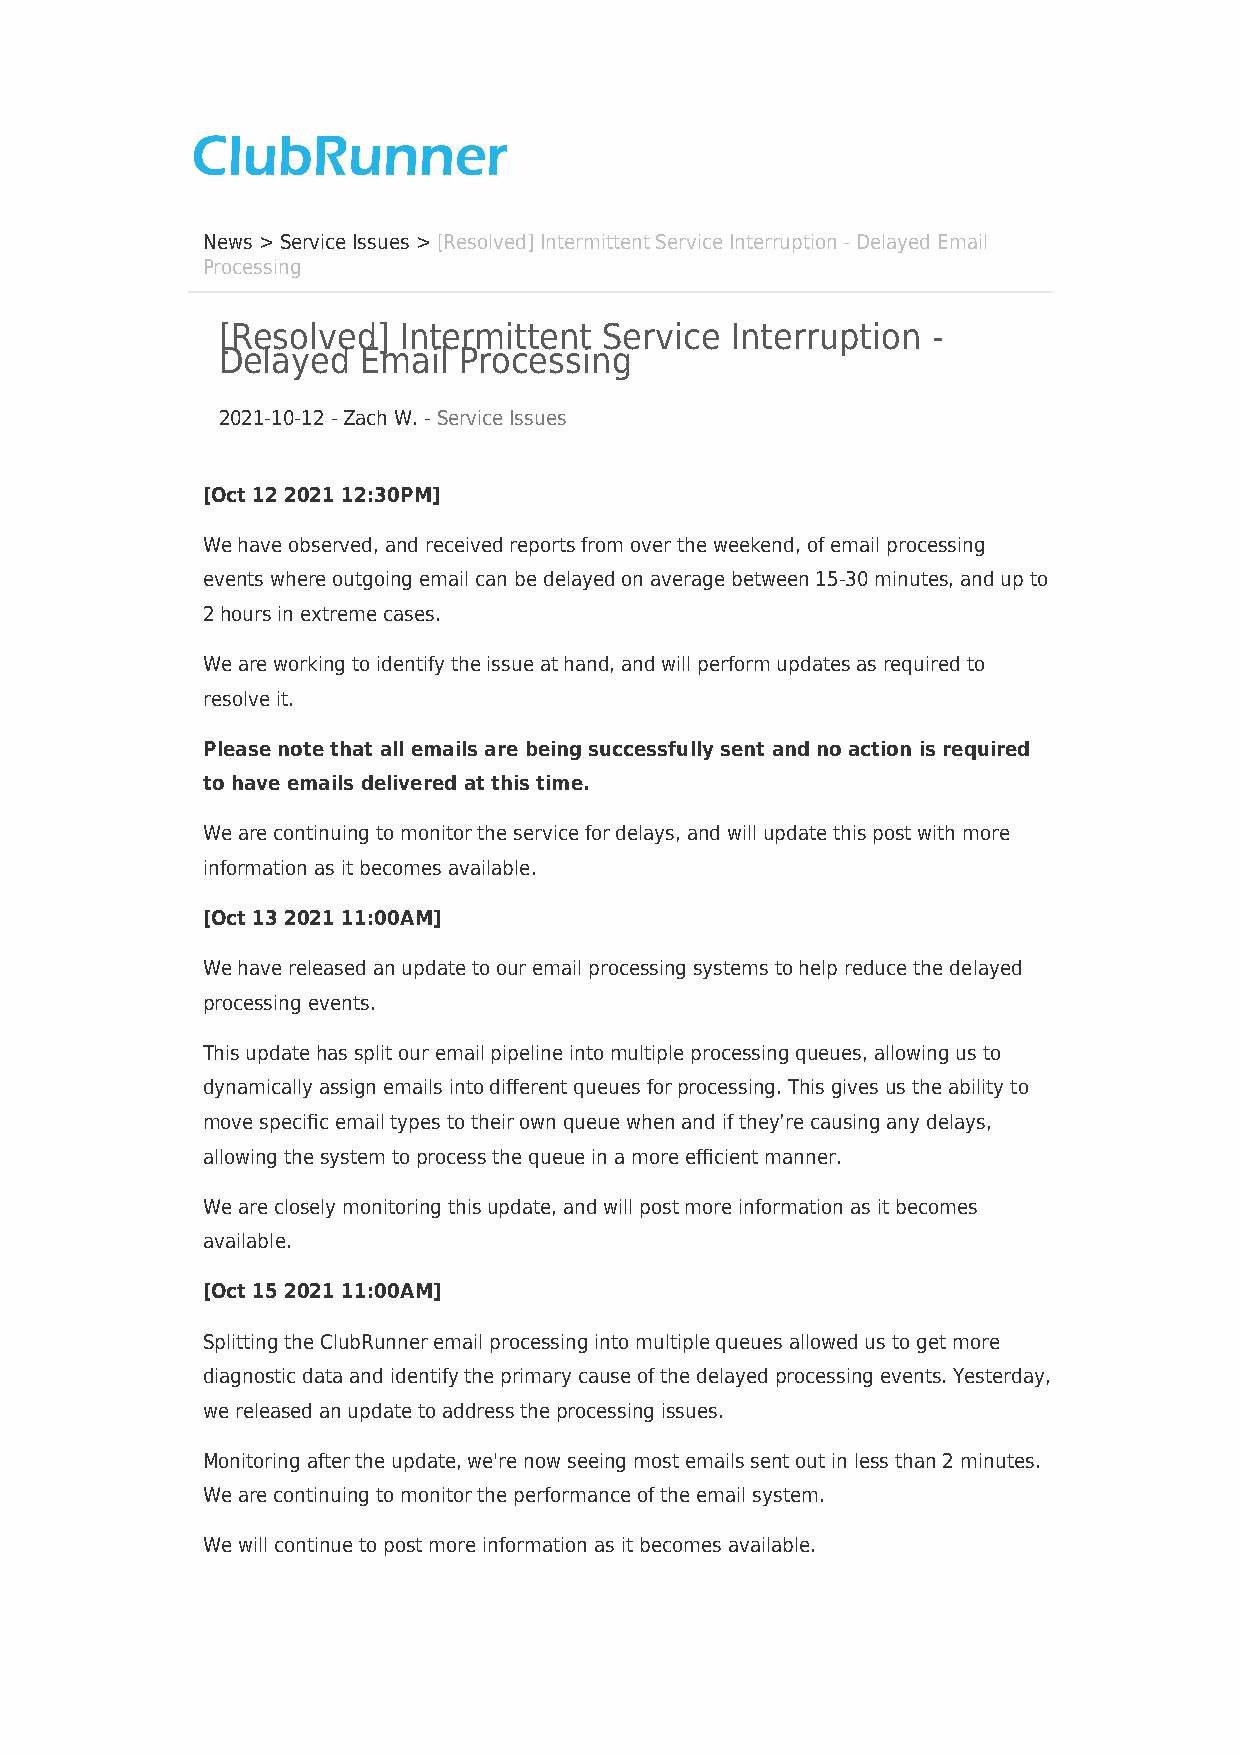
News > Service Issues > [Resolved] Intermittent Service Interruption - Delayed Email
 Processing
 [Resolved]  Intermittent  Service Interruption  -
 Delayed   Email Processing
 2021-10-12 - Zach W. - Service Issues
 [Oct 12 2021 12:30PM]
 We have observed, and received reports from over the weekend, of email processing
 events where outgoing email can be delayed on average between 15-30 minutes, and up to
 2 hours in extreme cases.
 We are working to identify the issue at hand, and will perform updates as required to
 resolve it.
 Please note that all emails are being successfully sent and no action is required
 to have emails delivered at this time.
 We are continuing to monitor the service for delays, and will update this post with more
 information as it becomes available.
 [Oct 13 2021 11:00AM]
 We have released an update to our email processing systems to help reduce the delayed
 processing events.
 This update has split our email pipeline into multiple processing queues, allowing us to
 dynamically assign emails into different queues for processing. This gives us the ability to
 move specific email types to their own queue when and if they’re causing any delays,
 allowing the system to process the queue in a more efficient manner.
 We are closely monitoring this update, and will post more information as it becomes
 available.
 [Oct 15 2021 11:00AM]
 Splitting the ClubRunner email processing into multiple queues allowed us to get more
 diagnostic data and identify the primary cause of the delayed processing events. Yesterday,
 we released an update to address the processing issues.
 Monitoring after the update, we're now seeing most emails sent out in less than 2 minutes.
 We are continuing to monitor the performance of the email system.
 We will continue to post more information as it becomes available.